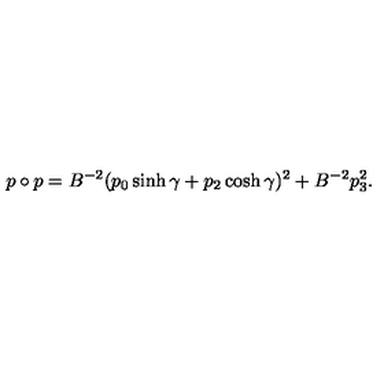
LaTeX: p \circ p = B ^ { - 2 } ( p _ { 0 } \sinh \gamma + p _ { 2 } \cosh \gamma ) ^ { 2 } + B ^ { - 2 } p _ { 3 } ^ { 2 } .